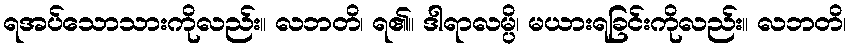
ရအပ်သောသားကိုလည်း။ လဘတိ၊ ရ၏။ ဒါရာလမ္ပိ၊ မယားရခြင်းကိုလည်း။ လဘတိ၊